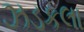
ઝડકલા